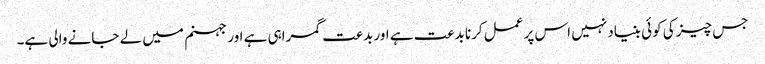
جس چیز کی کوئی بنیاد نہیں اس پر عمل کرنا بدعت ہے اور بدعت گمراہی ہے اور جہنم میں لے جانے والی ہے۔